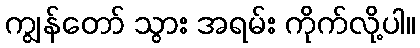
ကျွန်တော် သွား အရမ်း ကိုက်လို့ပါ။